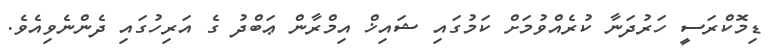
ޑިމޮކްރަސީ ހަރުދަނާ ކުރެއްވުމަށް ކަމުގައި ޝައިޚް އިމްރާން ޢަބްދު ގެ އަރިހުގައި ދެންނެވިއެވެ.